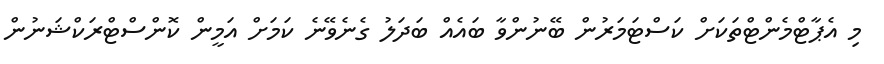
މި އެޕާޓްމެންޓްތަކަށް ކަސްޓަމަރުން ބޭނުންވާ ބައެއް ބަދަލު ގެނެވޭނެ ކަމަށް އަމީން ކޮންސްޓްރަކްޝަނުން